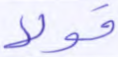
قولا